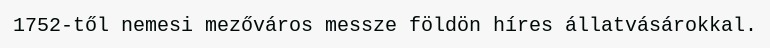
1752-től nemesi mezőváros messze földön híres állatvásárokkal.